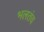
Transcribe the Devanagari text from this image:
भलतंच